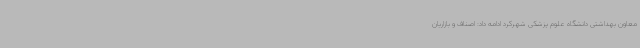
معاون بهداشتی دانشگاه علوم پزشکی شهرکرد ادامه داد: اصناف و بازاریان